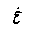
Letter: _gayn